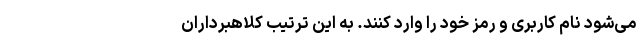
می‌شود نام کاربری و رمز خود را وارد کنند. به این ترتیب کلاهبرداران